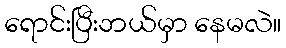
ရောင်းပြီးဘယ်မှာ နေမလဲ။